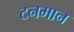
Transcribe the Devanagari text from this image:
टनमान